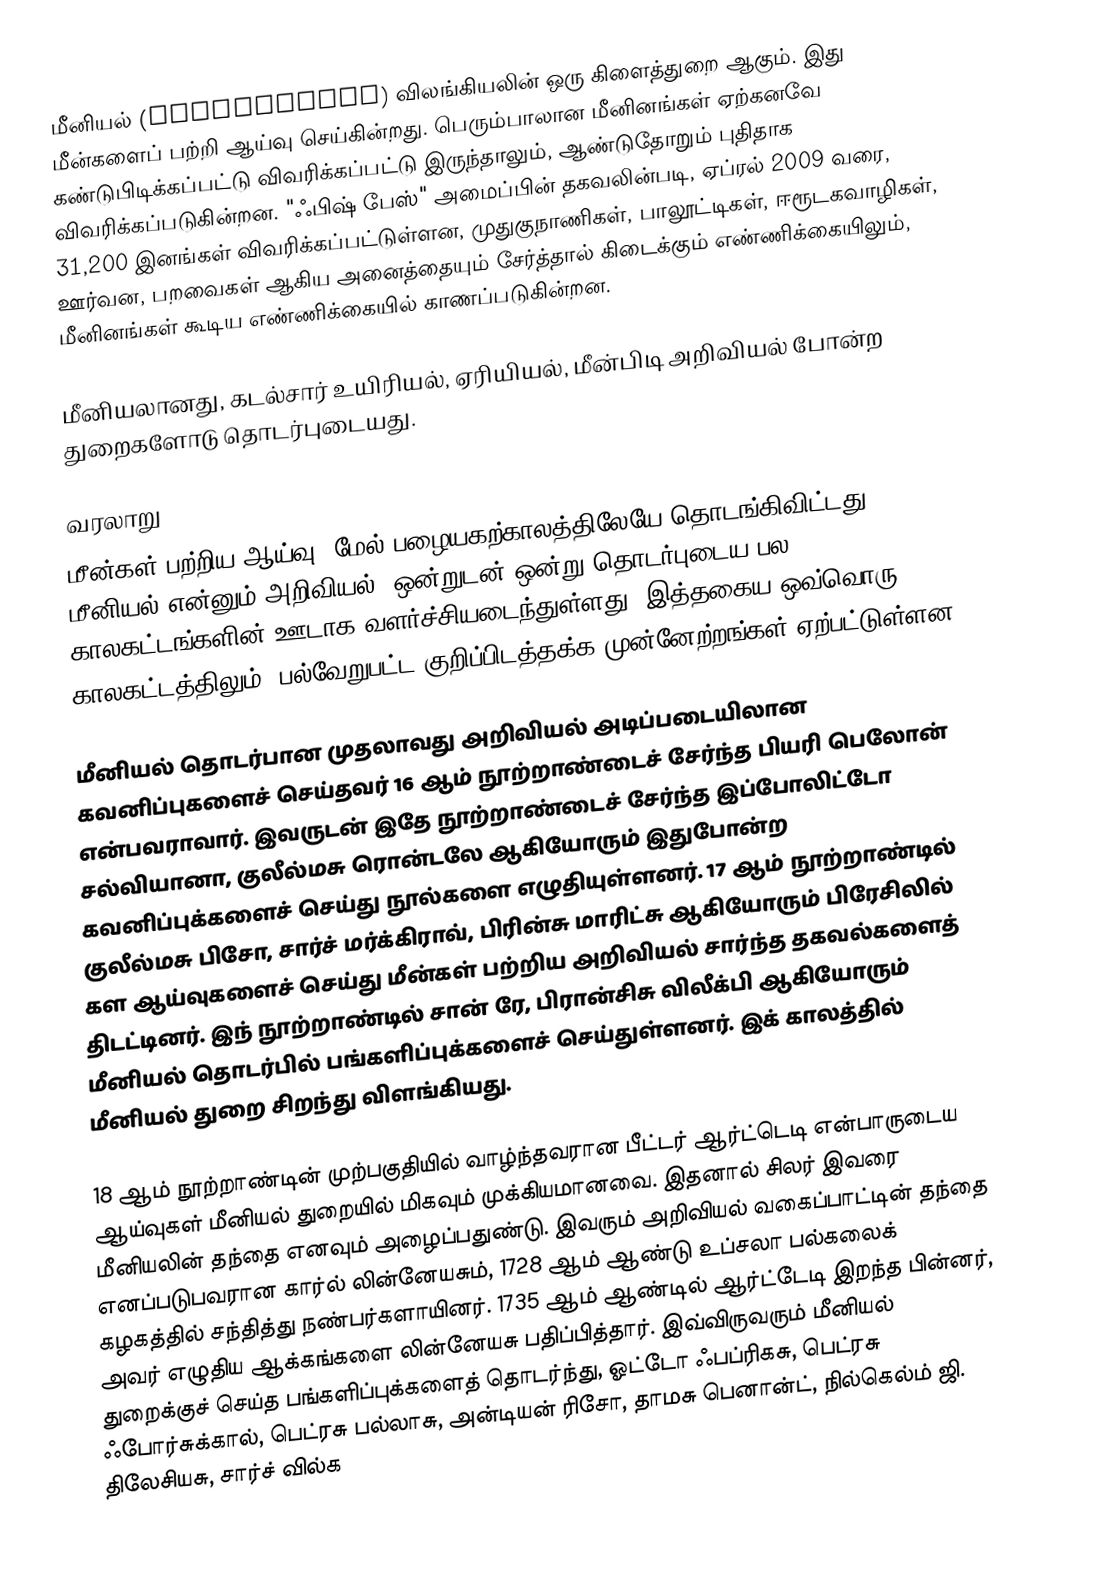
மீனியல் (Ichthyology) விலங்கியலின் ஒரு கிளைத்துறை ஆகும். இது மீன்களைப் பற்றி ஆய்வு செய்கின்றது. பெரும்பாலான மீனினங்கள் ஏற்கனவே கண்டுபிடிக்கப்பட்டு விவரிக்கப்பட்டு இருந்தாலும், ஆண்டுதோறும் புதிதாக விவரிக்கப்படுகின்றன. "ஃபிஷ் பேஸ்" அமைப்பின் தகவலின்படி, ஏப்ரல் 2009 வரை, 31,200 இனங்கள் விவரிக்கப்பட்டுள்ளன, முதுகுநாணிகள், பாலூட்டிகள், ஈரூடகவாழிகள், ஊர்வன, பறவைகள் ஆகிய அனைத்தையும் சேர்த்தால் கிடைக்கும் எண்ணிக்கையிலும், மீனினங்கள் கூடிய எண்ணிக்கையில் காணப்படுகின்றன.

மீனியலானது, கடல்சார் உயிரியல், ஏரியியல், மீன்பிடி அறிவியல் போன்ற துறைகளோடு தொடர்புடையது.

வரலாறு
மீன்கள் பற்றிய ஆய்வு, மேல் பழையகற்காலத்திலேயே தொடங்கிவிட்டது. மீனியல் என்னும் அறிவியல், ஒன்றுடன் ஒன்று தொடர்புடைய பல காலகட்டங்களின் ஊடாக வளர்ச்சியடைந்துள்ளது. இத்தகைய ஒவ்வொரு காலகட்டத்திலும், பல்வேறுபட்ட குறிப்பிடத்தக்க முன்னேற்றங்கள் ஏற்பட்டுள்ளன.

மீனியல் தொடர்பான முதலாவது அறிவியல் அடிப்படையிலான கவனிப்புகளைச் செய்தவர் 16 ஆம் நூற்றாண்டைச் சேர்ந்த பியரி பெலோன் என்பவராவார். இவருடன் இதே நூற்றாண்டைச் சேர்ந்த இப்போலிட்டோ சல்வியானா, குலீல்மசு ரொன்டலே ஆகியோரும் இதுபோன்ற கவனிப்புக்களைச் செய்து நூல்களை எழுதியுள்ளனர். 17 ஆம் நூற்றாண்டில் குலீல்மசு பிசோ, சார்ச் மர்க்கிராவ், பிரின்சு மாரிட்சு ஆகியோரும் பிரேசிலில் கள ஆய்வுகளைச் செய்து மீன்கள் பற்றிய அறிவியல் சார்ந்த தகவல்களைத் திடட்டினர். இந் நூற்றாண்டில் சான் ரே, பிரான்சிசு விலீக்பி ஆகியோரும் மீனியல் தொடர்பில் பங்களிப்புக்களைச் செய்துள்ளனர். இக் காலத்தில் மீனியல் துறை சிறந்து விளங்கியது.

18 ஆம் நூற்றாண்டின் முற்பகுதியில் வாழ்ந்தவரான பீட்டர் ஆர்ட்டெடி என்பாருடைய ஆய்வுகள் மீனியல் துறையில் மிகவும் முக்கியமானவை. இதனால் சிலர் இவரை மீனியலின் தந்தை எனவும் அழைப்பதுண்டு. இவரும் அறிவியல் வகைப்பாட்டின் தந்தை எனப்படுபவரான கார்ல் லின்னேயசும், 1728 ஆம் ஆண்டு உப்சலா பல்கலைக் கழகத்தில் சந்தித்து நண்பர்களாயினர். 1735 ஆம் ஆண்டில் ஆர்ட்டேடி இறந்த பின்னர், அவர் எழுதிய ஆக்கங்களை லின்னேயசு பதிப்பித்தார். இவ்விருவரும் மீனியல் துறைக்குச் செய்த பங்களிப்புக்களைத் தொடர்ந்து, ஓட்டோ ஃபப்ரிகசு, பெட்ரசு ஃபோர்சுக்கால், பெட்ரசு பல்லாசு, அன்டியன் ரிசோ, தாமசு பெனான்ட், நில்கெல்ம் ஜி. திலேசியசு, சார்ச் வில்க